Vaccination in Bombay 1924-1928 - 1924-1928
Year: 1924
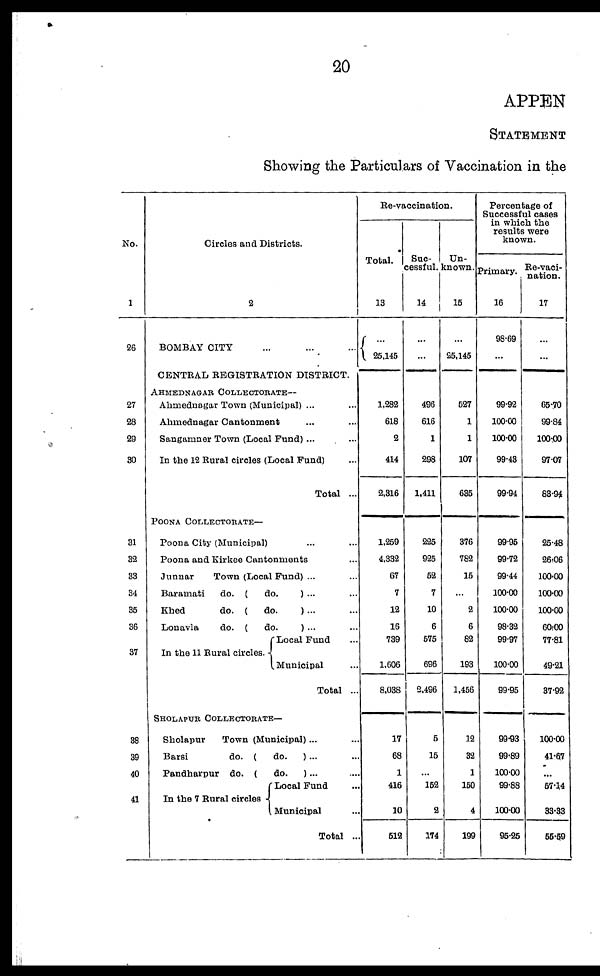
20
APPEN
STATEMENT
Showing the Particulars of Vaccination in the
No.
1
26
27
28
29
30
31
32
33
34
35
36
37
38
39
40
41
Circles and Districts.
2
BOMBAY CITY ... ... ...
CENTRAL REGISTRATION DISTRICT.
AHMEDNAGAR COLLECTORATE—
Ahmednagar Town (Municipal) ... ...
Ahmednagar Cantonment ... ...
Sangamner Town (Local Fund)... ...
In the 12 Rural circles (Local Fund) ...
Total ...
POONA COLLECTORATE—
Poona City (Municipal) ... ...
Poona and Kirkee Cantonments ...
Junnar
Town (Local Fund) ... ...
Baramati
do. (
do.
) ... ...
Khed
do. (
do.
) ... ...
Lonavla
do. (
do.
) ... ...
In the 11 Rural circles.
Local Fund ...
Municipal ...
Total ...
SHOLAPUR COLLECTORATE—
Sholapur
Town (Municipal)... ...
Barsi
do. (
do.
) ... ...
Pandharpur do. (
do.
) ... ...
In the 7 Rural circles
Local Fund ...
Municipal ...
Total ..
Re-vaccination.
Total.
13
...
25,145
1,282
618
2
414
2,316
1,259
4,332
67
7
12
16
739
1,606
8,038
17
68
1
416
10
512
Suc-
cessful.
14
...
...
496
616
1
298
1,411
225
925
52
7
10
6
575
696
2,496
5
15
...
152
2
174
Un-
known.
15
...
25,145
527
1
1
107
635
376
782
15
...
2
6
82
193
1,456
12
32
1
150
4
199
Percentage of
Successful cases
in which the
results were
known.
Primary.
16
98.69
...
99.92
100.00
100.00
99.43
99.94
99.95
99.72
99.44
100.00
100.00
98.32
99.97
100.00
99.95
99.93
99.89
100.00
99.88
100.00
95.25
Re-vaci-
nation.
17
...
...
65.70
99.84
100.00
97.07
83.94
25.48
26.06
100.00
100.00
100.00
60.OO
77.81
49.21
37.92
100.00
41.67
...
57.14
33.33
55.59